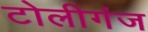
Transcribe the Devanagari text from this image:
टोलीगंज